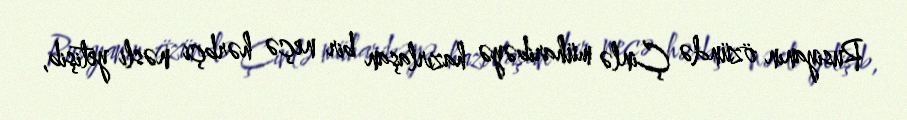
Rusiyanın özündə Çinlə müharibəyə hazırlaşan bir neçə hərbçi nəsli yetişib,